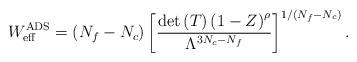
LaTeX: \begin{align*}W_{\rm eff}^{\rm ADS}=(N_f-N_c) \left[\frac{{\rm det}\left(T\right)\left(1-Z\right)^\rho}{\Lambda^{3N_c-N_f}} \right] ^{1/(N_f-N_c)}.\end{align*}